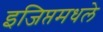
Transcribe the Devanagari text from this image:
इजिप्तमधले